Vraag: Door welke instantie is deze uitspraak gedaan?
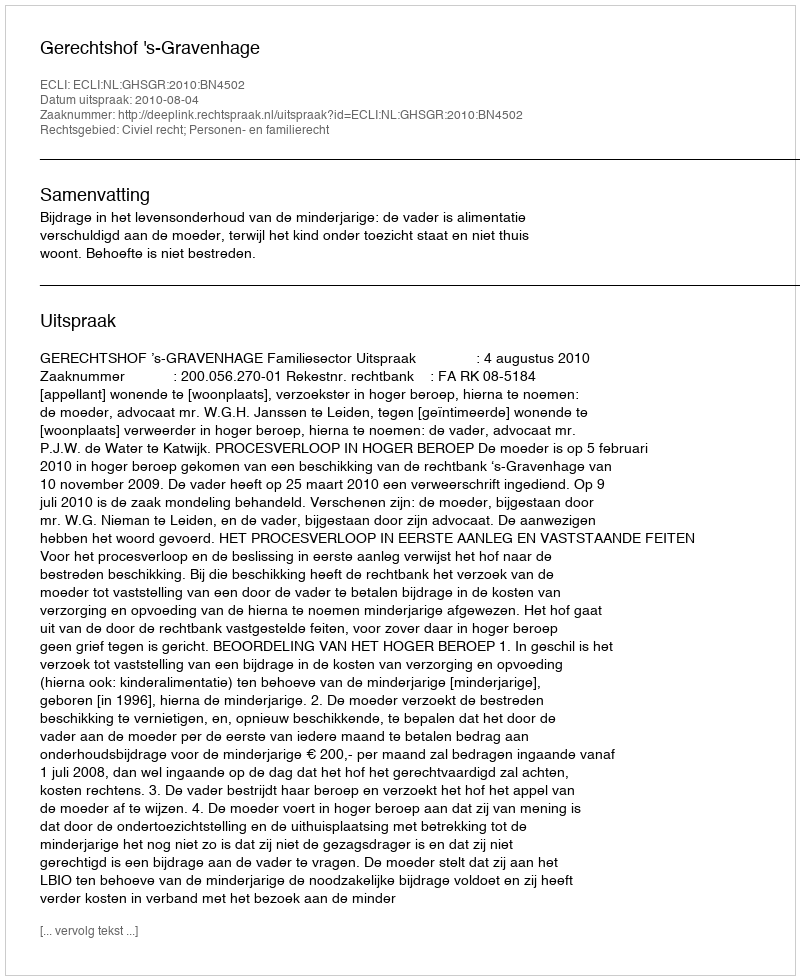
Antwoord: Gerechtshof 's-Gravenhage